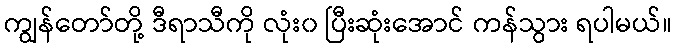
ကျွန်တော်တို့ ဒီရာသီကို လုံး၀ ပြီးဆုံးအောင် ကန်သွား ရပါမယ်။